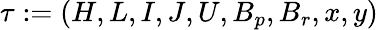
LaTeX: \tau:=(H,L,I,J,U,B_{p},B_{r},x,y)